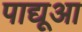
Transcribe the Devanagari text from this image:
पाद्यूआ